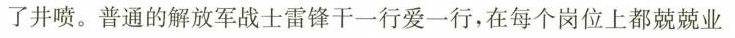
了井喷。普通的解放军战士雷锋干一行爱一行，在每个岗位上都兢兢业